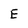
Character: E